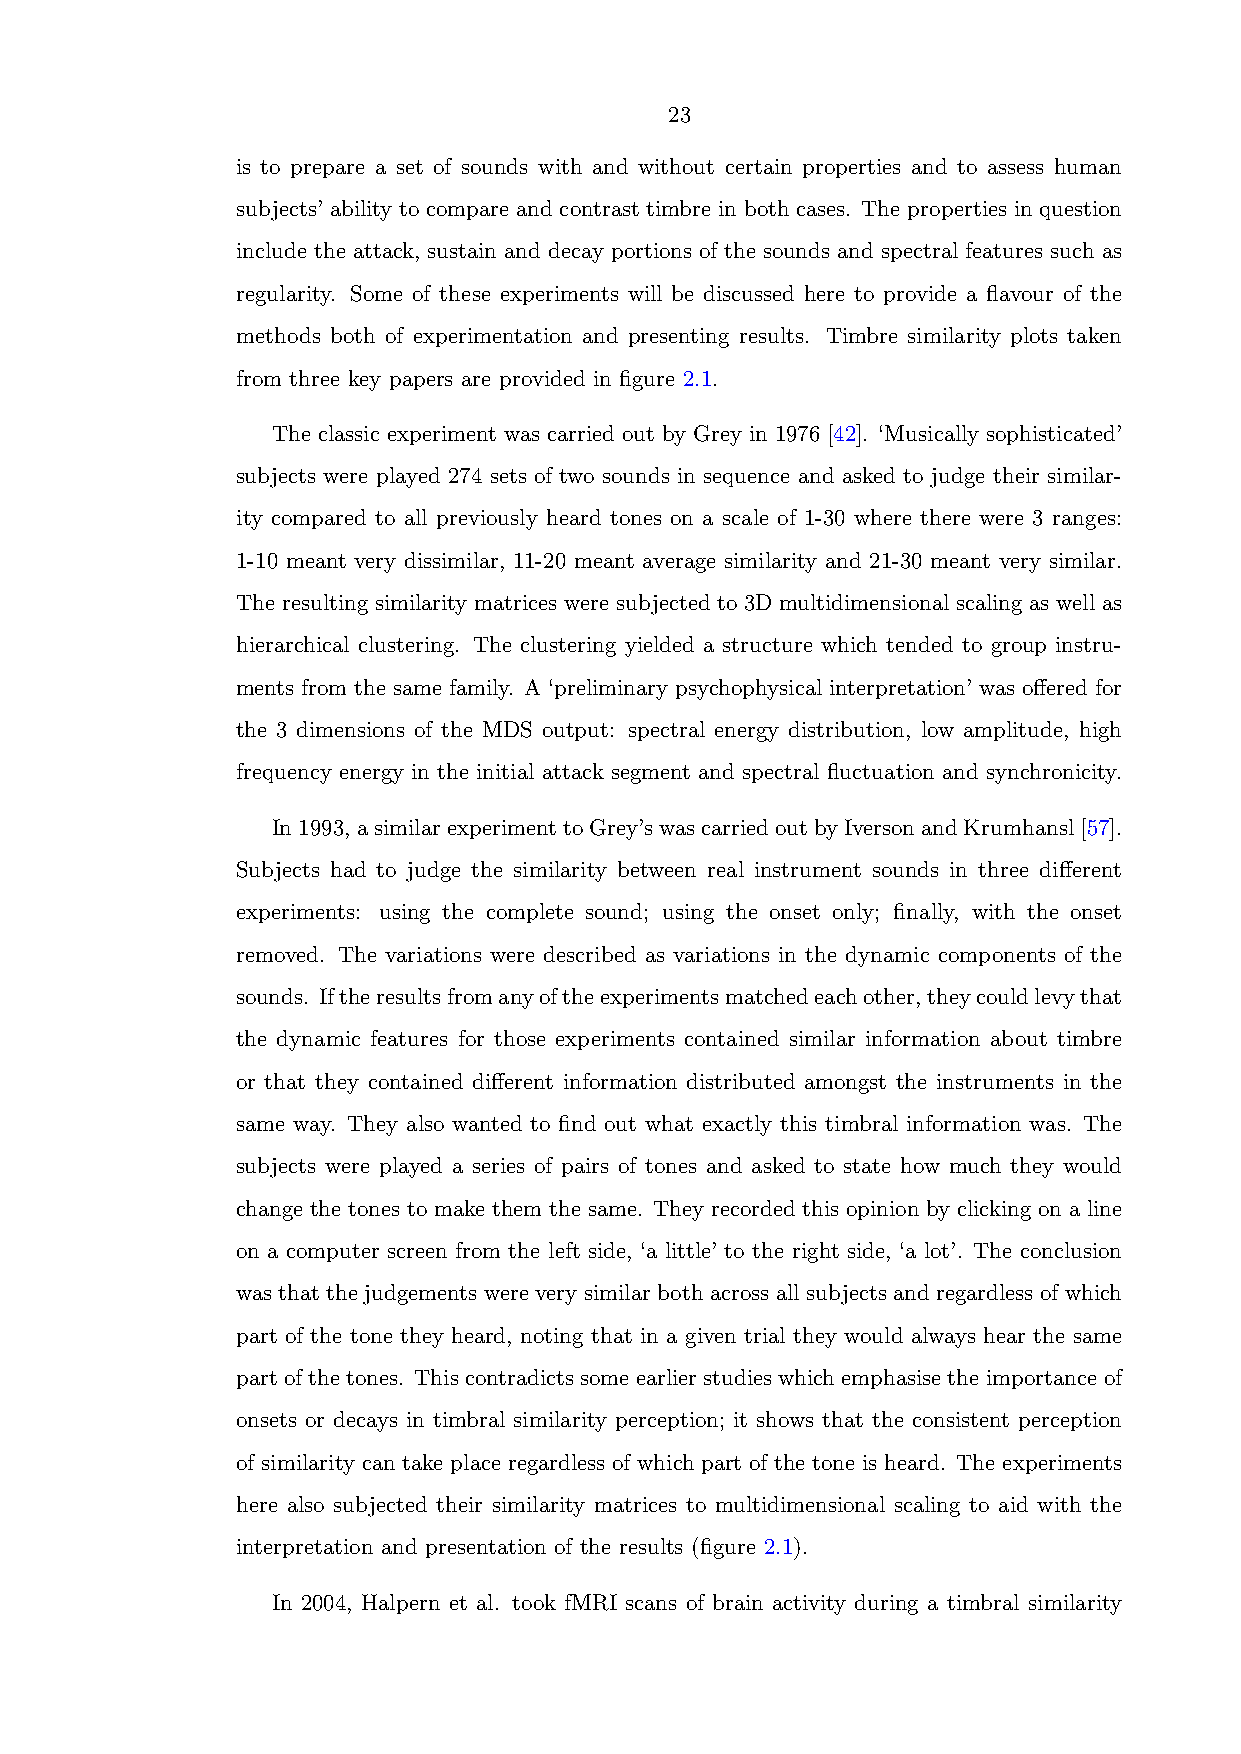
23
 is to prepare a set of sounds with and without certain properties and to assess human
 subjects’ ability to compare and contrast timbre in both cases. The properties in question
 include the attack, sustain and decay portions of the sounds and spectral features such as
 regularity. Some of these experiments will be discussed here to provide a flavour of the
 methods both of experimentation and presenting results. Timbre similarity plots taken
 from three key papers are provided in figure 2.1.
 The classic experiment was carried out by Grey in 1976 [42]. ‘Musically sophisticated’
 subjects were played 274 sets of two sounds in sequence and asked to judge their similar-
 ity compared to all previously heard tones on a scale of 1-30 where there were 3 ranges:
 1-10 meant very dissimilar, 11-20 meant average similarity and 21-30 meant very similar.
 The resulting similarity matrices were subjected to 3D multidimensional scaling as well as
 hierarchical clustering. The clustering yielded a structure which tended to group instru-
 ments from the same family. A ‘preliminary psychophysical interpretation’ was offered for
 the 3 dimensions of the MDS output: spectral energy distribution, low amplitude, high
 frequency energy in the initial attack segment and spectral fluctuation and synchronicity.
 In1993, asimilarexperimenttoGrey’swascarriedoutbyIversonandKrumhansl[57].
 Subjects had to judge the similarity between real instrument sounds in three different
 experiments: using the complete sound; using the onset only; finally, with the onset
 removed. The variations were described as variations in the dynamic components of the
 sounds. Iftheresultsfromanyoftheexperimentsmatchedeachother,theycouldlevythat
 the dynamic features for those experiments contained similar information about timbre
 or that they contained different information distributed amongst the instruments in the
 same way. They also wanted to find out what exactly this timbral information was. The
 subjects were played a series of pairs of tones and asked to state how much they would
 change the tones to make them the same. They recorded this opinion by clicking on a line
 on a computer screen from the left side, ‘a little’ to the right side, ‘a lot’. The conclusion
 was that the judgements were very similar both across all subjects and regardless of which
 part of the tone they heard, noting that in a given trial they would always hear the same
 partofthetones. Thiscontradictssomeearlierstudieswhichemphasisetheimportanceof
 onsets or decays in timbral similarity perception; it shows that the consistent perception
 of similarity can take place regardless of which part of the tone is heard. The experiments
 here also subjected their similarity matrices to multidimensional scaling to aid with the
 interpretation and presentation of the results (figure 2.1).
 In 2004, Halpern et al. took fMRI scans of brain activity during a timbral similarity